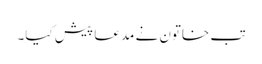
تب خاتون نے مدعا پیش کیا۔